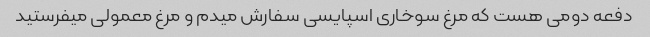
دفعه دومی هست که مرغ سوخاری اسپایسی سفارش میدم و مرغ معمولی میفرستید